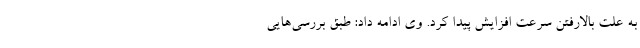
به علت بالارفتن سرعت افزایش پیدا کرد. وی ادامه داد: طبق بررسی‌هایی